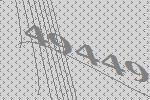
49449